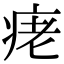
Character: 𤶁